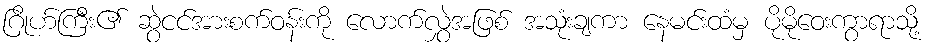
ဂြိုဟ်ကြီး၏ ဆွဲငင်အားစက်ဝန်းကို လောက်လွှဲအဖြစ် အသုံးချကာ နေမင်းထံမှ ပိုမိုဝေးကွာရာသို့